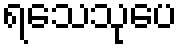
ရသေသုပေ